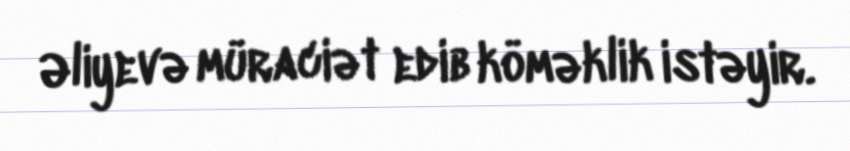
Əliyevə müraciət edib köməklik istəyir.